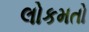
લોકમતો